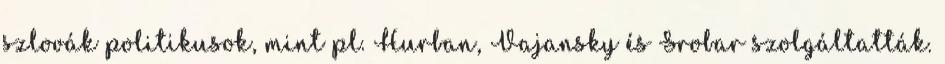
szlovák politikusok, mint pl. Hurban, Vajansky és Srobar szolgáltatták.